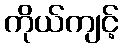
ကိုယ်ကျင့်